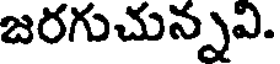
జరగుచున్నవి.